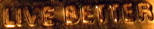
LIVE BETTER